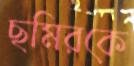
ছমিরকে